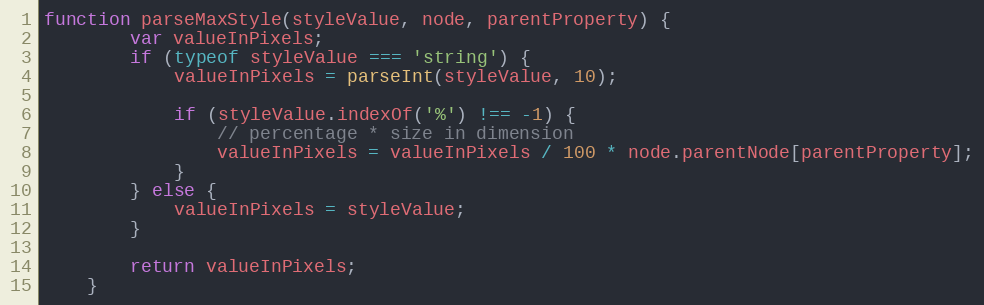
Language: JavaScript
function parseMaxStyle(styleValue, node, parentProperty) {
		var valueInPixels;
		if (typeof styleValue === 'string') {
			valueInPixels = parseInt(styleValue, 10);

			if (styleValue.indexOf('%') !== -1) {
				// percentage * size in dimension
				valueInPixels = valueInPixels / 100 * node.parentNode[parentProperty];
			}
		} else {
			valueInPixels = styleValue;
		}

		return valueInPixels;
	}